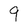
Character: 9